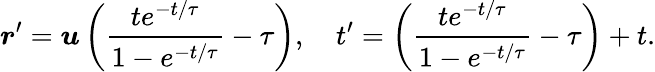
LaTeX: \boldsymbol{r}^{\prime}=\boldsymbol{u}\left(\frac{te^{-t/\tau}}{1-e^{-t/\tau}}-\tau\right),\quad t^{\prime}=\left(\frac{te^{-t/\tau}}{1-e^{-t/\tau}}-\tau\right)+t.